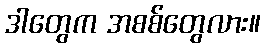
ဒါတွေက အစစ်တွေလား။